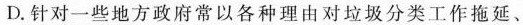
D.针对一些地方政府常以各种理由对垃圾分类工作拖延、